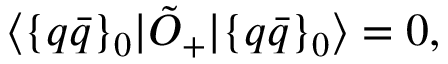
\langle { \{ q \bar { q } \} _ { 0 } | \tilde { O } _ { + } | \{ q \bar { q } \} _ { 0 } } \rangle = 0 ,